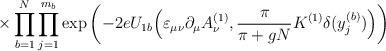
LaTeX: \begin{align*}\times \prod_{b=1}^N \prod_{j=1}^{m_b} \exp \left(- 2e U_{1b} \Big( \varepsilon_{\mu \nu} \partial_\mu A_\nu^{(1)},\frac{\pi}{\pi+gN} K^{(1)} \delta(y^{(b)}_j) \Big) \right)\end{align*}